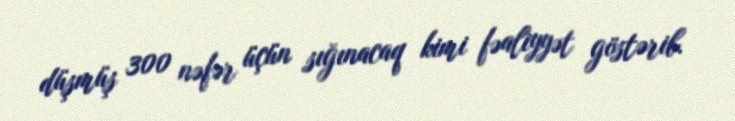
düşmüş 300 nəfər üçün sığınacaq kimi fəaliyyət göstərib.